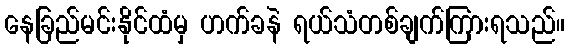
နေခြည်မင်းနိုင်ထံမှ ဟက်ခနဲ ရယ်သံတစ်ချက်ကြားရသည်။